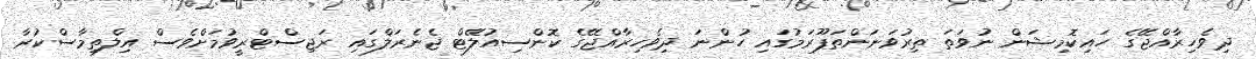
ދިވެހިރާއްޖޭގެ ހައިކޮމިޝަން ނުވަތަ ތިރުވަނަންތަޕޫރަމުގައި ހުންނަ ދިވެހިރާއްޖޭގެ ކޮންސިއުލޭޓް ޖެނެރަލްގައި ރަޖިސްޓްރީވުމަށްވެސް އިލްތިމާސްކުރާ